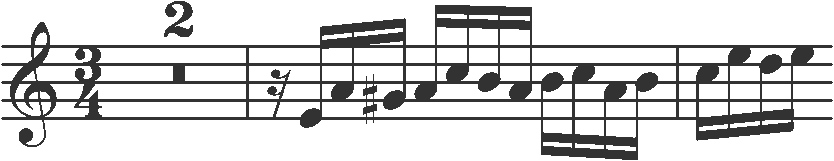
Transcription: clef-G2 timeSignature-3/4 multirest-2 barline rest-sixteenth note-E4_sixteenth note-A4_sixteenth note-G#4_sixteenth note-A4_sixteenth note-C5_sixteenth note-B4_sixteenth note-A4_sixteenth note-B4_sixteenth note-C5_sixteenth note-A4_sixteenth note-B4_sixteenth barline note-C5_sixteenth note-E5_sixteenth note-D5_sixteenth note-E5_sixteenth